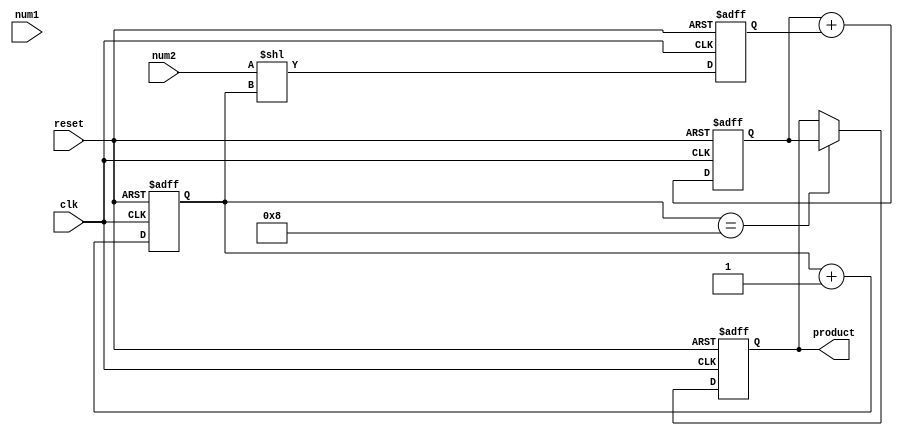
module multiplier(
    input wire clk,
    input wire reset,
    input wire [7:0] num1,
    input wire [7:0] num2,
    output reg [15:0] product
);

reg [7:0] partial_product;
reg [3:0] shift_count;
reg [15:0] sum;

always @ (posedge clk or posedge reset) begin
    if (reset) begin
        partial_product <= 8'h00;
        shift_count <= 4'b0000;
        sum <= 16'h0000;
        product <= 16'h0000;
    end else begin
        partial_product <= (num2 << shift_count);
        shift_count <= shift_count + 1;
        sum <= sum + partial_product;
        
        if (shift_count == 8) begin
            product <= sum;
        end
    end
end

endmodule